Annual report on the Civil Veterinary Department, Burma (including the Insein Veterinary School) - 1923-1931
Year: 1923
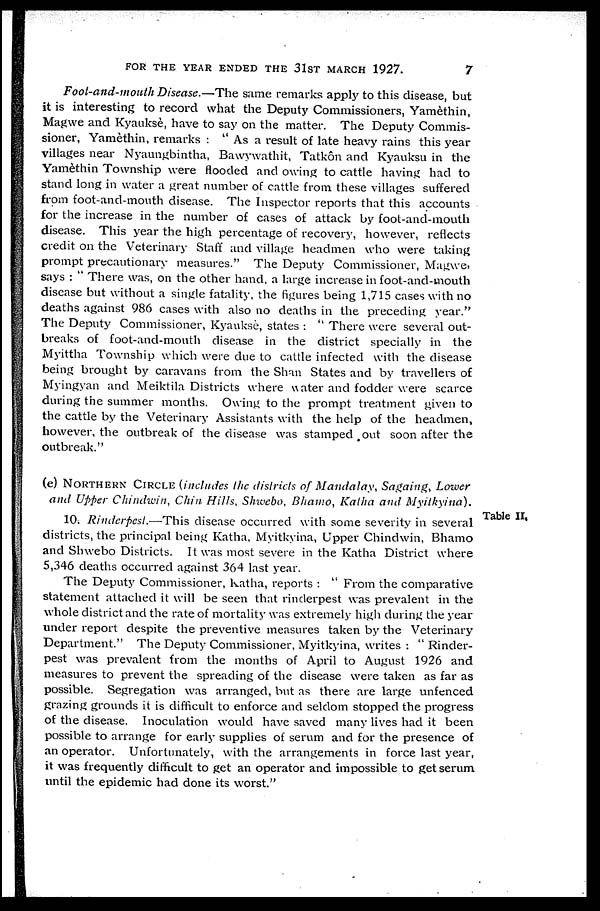
FOR THE YEAR ENDED THE 31ST MARCH 1927.
7
Foot-and-mouth Disease.—The same remarks apply to this disease, but
it is interesting to record what the Deputy Commissioners, Yamèthin,
Magwe and Kyauksè, have to say on the matter. The Deputy Commis-
sioner, Yamèthin, remarks : " As a result of late heavy rains this year
villages near Nyaungbintha, Bawywathit, Tatkôn and Kyauksu in the
Yamèthin Township were flooded and owing to cattle having had to
stand long in water a great number of cattle from these villages suffered
from foot-and-mouth disease. The Inspector reports that this accounts
for the increase in the number of cases of attack by foot-and-mouth
disease. This year the high percentage of recovery, however, reflects
credit on the Veterinary Staff and village headmen who were taking
prompt precautionary measures." The Deputy Commissioner, Magwe.
says : " There was, on the other hand, a large increase in foot-and-mouth
disease but without a single fatality, the figures being 1,715 cases with no
deaths against 986 cases with also no deaths in the preceding year."
The Deputy Commissioner, Kyauksè, states : " There were several out-
breaks of foot-and-mouth disease in the district specially in the
Myittha Township which were due to cattle infected with the disease
being brought by caravans from the Shan States and by travellers of
Myingyan and Meiktila Districts where water and fodder were scarce
during the summer months. Owing to the prompt treatment given to
the cattle by the Veterinary Assistants with the help of the headmen,
however, the outbreak of the disease was stamped out soon after the
outbreak."
(e) NORTHERN CIRCLE (includes the districts of Mandalay, Sagaing, Lower
and Upper Chindwin, Chin Hills, Shwebo, Bhamo, Katha and
Myitkyina).
Table II,
10. Rinderpest.—This
disease occurred with some severity in several
districts, the principal being Katha, Myitkyina, Upper Chindwin, Bhamo
and Shwebo Districts. It was most severe in the Katha District where
5,346 deaths occurred against 364 last year.
The Deputy Commissioner, katha, reports : " From the comparative
statement attached it will be seen that rinderpest was prevalent in the
whole district and the rate of mortality was extremely high during the year
under report despite the preventive measures taken by the Veterinary
Department." The Deputy Commissioner. Myitkyina, writes : " Rinder-
pest was prevalent from the months of April to August 1926 and
measures to prevent the spreading of the disease were taken as far as
possible. Segregation was arranged, but as there are large unfenced
grazing grounds it is difficult to enforce and seldom stopped the progress
of the disease. Inoculation would have saved many lives had it been
possible to arrange for early supplies of serum and for the presence of
an operator. Unfortunately, with the arrangements in force last year,
it was frequently difficult to get an operator and impossible to get serum
until the epidemic had done its worst."